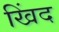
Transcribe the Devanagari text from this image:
खिंद